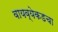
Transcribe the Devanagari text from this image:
वायव्येकडचा